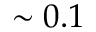
\sim 0 . 1